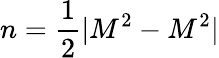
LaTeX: n={\frac{1}{2}}|M^{2}-M^{2}|